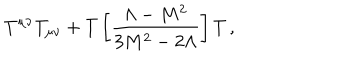
T ^ { \mu \nu } T _ { \mu \nu } + T \left[ \frac { \Lambda - M ^ { 2 } } { 3 M ^ { 2 } - 2 \Lambda } \right] T \, ,